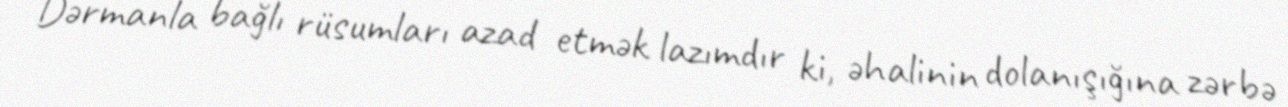
Dərmanla bağlı rüsumları azad etmək lazımdır ki, əhalinin dolanışığına zərbə